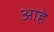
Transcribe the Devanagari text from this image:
आहेे